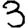
Digit: 3